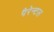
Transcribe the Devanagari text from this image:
पैरेन्टल